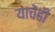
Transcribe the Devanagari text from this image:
याचेंही